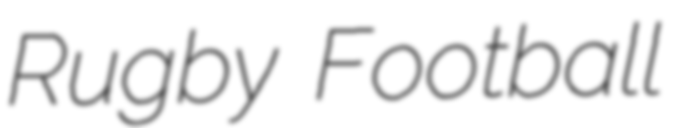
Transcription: Rugby Football